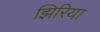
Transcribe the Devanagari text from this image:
झिरिया